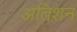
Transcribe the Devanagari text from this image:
अतिशन